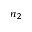
n _ { 2 }